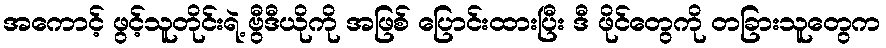
အကောင့် ဖွင့်သူတိုင်းရဲ့ ဗွီဒီယိုကို အဖြစ် ပြောင်းထားပြီး ဒီ ဖိုင်တွေကို တခြားသူတွေက